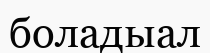
боладыал